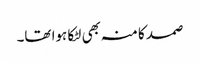
صمد کا منہ بھی لٹکا ہوا تھا۔